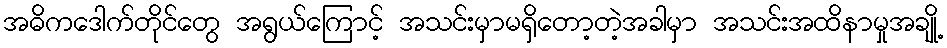
အဓိကဒေါက်တိုင်တွေ အရွယ်ကြောင့် အသင်းမှာမရှိတော့တဲ့အခါမှာ အသင်းအထိနာမှုအချို့